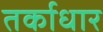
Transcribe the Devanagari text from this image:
तर्काधार